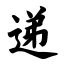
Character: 递